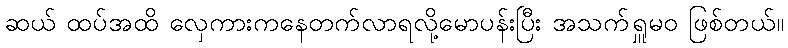
ဆယ် ထပ်အထိ လှေကားကနေတက်လာရလို့မောပန်းပြီး အသက်ရှူမဝ ဖြစ်တယ်။